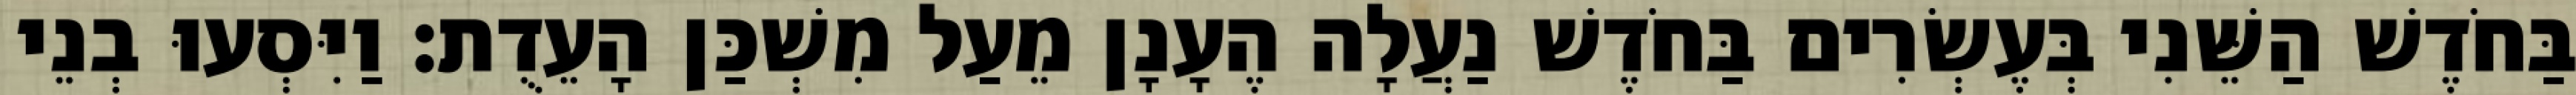
בַּחֹדֶשׁ הַשֵּׁנִי בְּעֶשְׂרִים בַּחֹדֶשׁ נַעֲלָה הֶעָנָן מֵעַל מִשְׁכַּן הָעֵדֻת׃ וַיִּסְעוּ בְנֵי